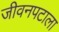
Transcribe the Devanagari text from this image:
जीवनपटाला